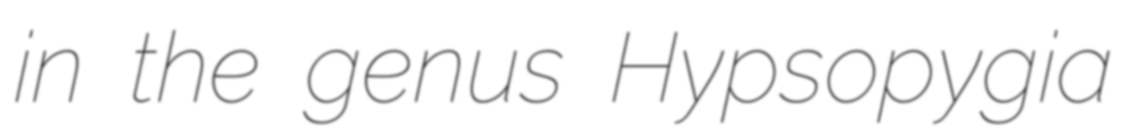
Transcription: in the genus Hypsopygia